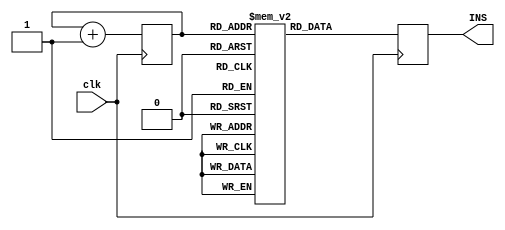
`timescale 1ns / 1ps
module fetch_unit(clk,INS);
input 	clk;
output	reg [15:0] INS; 

reg 	[15:0] instruction_memory [65535:0];
reg 	[15:0] PC;

initial begin
	PC = 16'b0;
	instruction_memory[0] = 16'b0000000010100001;
	instruction_memory[1] = 16'b0010111001010001;
	instruction_memory[2] = 16'b0100000111010010;
end

always@(posedge clk)
begin
	PC  <= PC + 1'b1;
	INS <= instruction_memory[PC];
end

endmodule